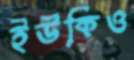
ইউকিও